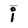
Character: i